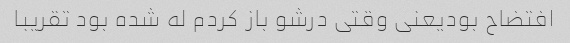
افتضاح بودیعنی وقتی درشو باز کردم له شده بود تقریبا